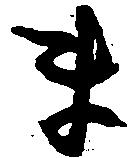
ま